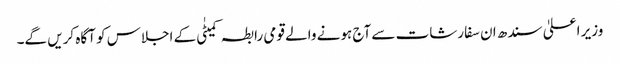
وزیر اعلیٰ سندھ ان سفارشات سے آج ہونے والے قومی رابطہ کمیٹٰی کے اجلاس کو آگاہ کریں گے۔